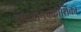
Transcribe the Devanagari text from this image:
दायभागप्रकाशिका